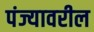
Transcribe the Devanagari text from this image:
पंज्यावरील